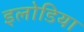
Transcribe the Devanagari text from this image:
इलोडिया